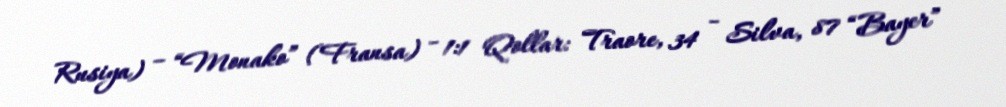
Rusiya) – “Monako” (Fransa) - 1:1 Qollar: Traore, 34 - Silva, 87 “Bayer”